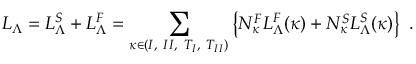
{ \cal L } _ { \Lambda } = { \cal L } _ { \Lambda } ^ { S } + { \cal L } _ { \Lambda } ^ { F } = \sum _ { \kappa \in { ( I , ~ I I , ~ T _ { I } , ~ T _ { I I } ) } } \left\{ N _ { \kappa } ^ { F } { \cal L } _ { \Lambda } ^ { F } ( \kappa ) + N _ { \kappa } ^ { S } { \cal L } _ { \Lambda } ^ { S } ( \kappa ) \right\} ~ .